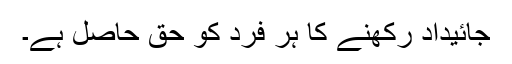
جائیداد رکھنے کا ہر فرد کو حق حاصل ہے۔